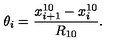
\theta _ { i } = \frac { x _ { i + 1 } ^ { 1 0 } - x _ { i } ^ { 1 0 } } { R _ { 1 0 } } .